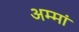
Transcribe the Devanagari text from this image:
अम्‍मां